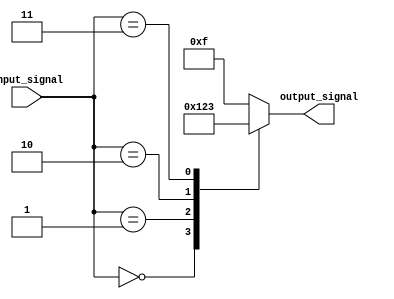
module simple_case_statement (
    input [2:0] input_signal,
    output reg [3:0] output_signal
);

always @(*) begin
    case(input_signal)
        3'd0: output_signal = 4'b0000;
        3'd1: output_signal = 4'b0001;
        3'd2: output_signal = 4'b0010;
        3'd3: output_signal = 4'b0011;
        default: output_signal = 4'b1111;
    endcase
end

endmodule